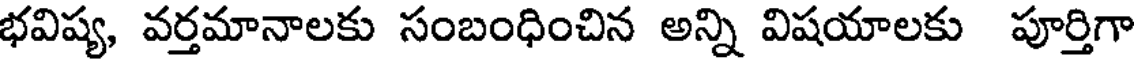
భవిష్య, వర్తమానాలకు సంబంధించిన అన్ని విషయాలకు పూర్తిగా